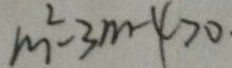
m ^ { 2 } - 3 m - 4 > 0